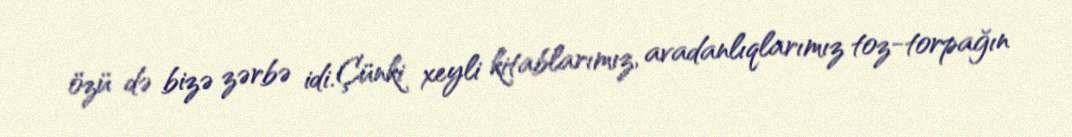
özü də bizə zərbə idi. Çünki xeyli kitablarımız, avadanlıqlarımız toz-torpağın